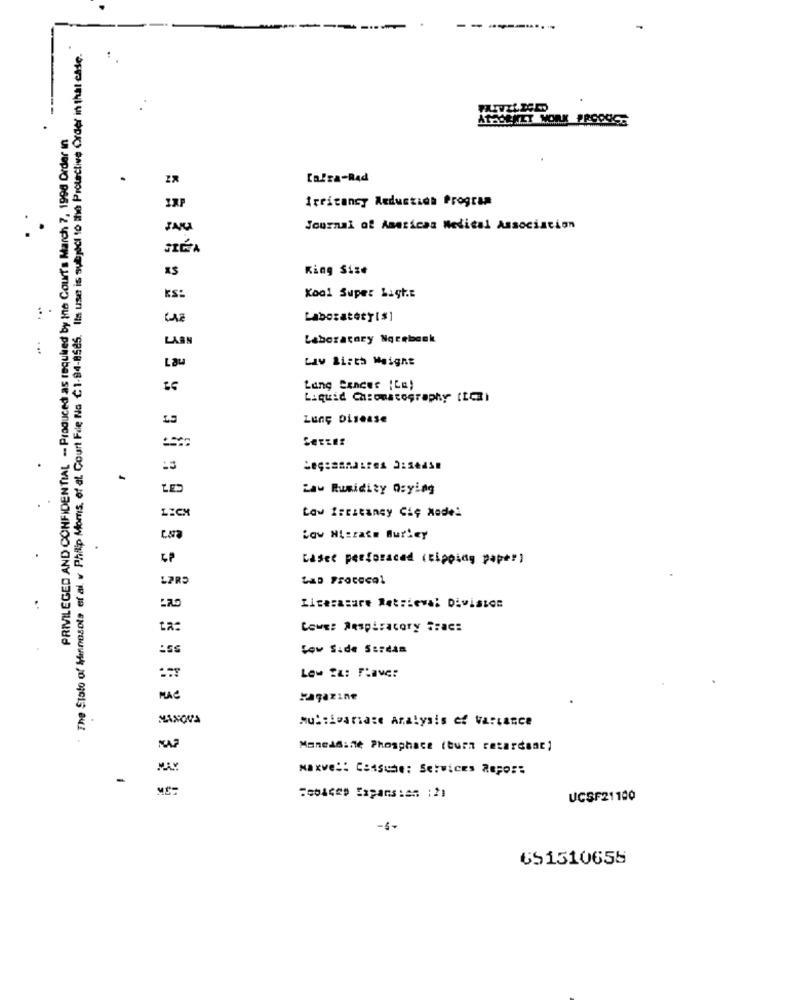
-
The State of Minnesota of al w Philip Moms, of at Court File No C1-84-8585. Its use is subject to the Protective Order in that case.
ATTORNEY MORK PROPOS
PRIVILEGED AND CONFIDENTIAL -- Produced as required by the Court's March 7, 1998 Order In
.
Capra-Rad
Irritancy Reduction Program
. .
Journal of American Medical Association
STÉA
King Size
KS:
Kool Super Light
Laboratory[$]
LABS
Laboratory Nocebank
.. ..
2 5 33
Lau
Law Birth Weight
Lung Cancer ILa)
Liquid Chromatography (LC)
Lung Disease
LES
Law Rumidity Q:ying
LECX
Low frestaney Cię Node!
Low Hisrate Burley
.
Laser perforaced (tipping paper)
LORD
LAD ProCECQ1
..
Licerasure Retrieval Division
ta:
CowES Respiratory Frac:
Lov Side Scream
PLAC
Magazine
MAXOVA
Multivariate Analysis ef variance
Mancadine Phosphace (burn retardsac,
$ 3 3
NAKVe :: CSASche: Services REFO ::
-
UCSF21100
-4-
651510655